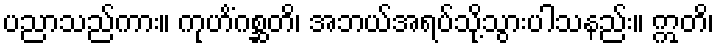
ပညာသည်ကား။ ကုဟိံဂစ္ဆတိ၊ အဘယ်အရပ်သို့သွားပါသနည်း။ ဣတိ၊